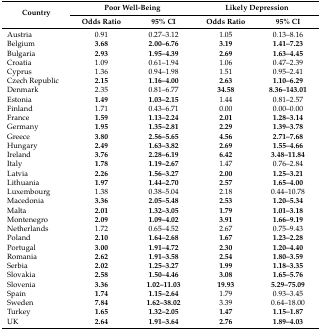
<table><thead><tr><td rowspan="2"><b>Country</b></td><td colspan="2"><b>Poor Well-Being</b></td><td colspan="2"><b>Likely Depression</b></td></tr><tr><td><b>Odds Ratio</b></td><td><b>95% CI</b></td><td><b>Odds Ratio</b></td><td><b>95% CI</b></td></tr></thead><tbody><tr><td>Austria</td><td>0.91</td><td>0.27–3.12</td><td>1.05</td><td>0.13–8.16</td></tr><tr><td>Belgium</td><td><b>3.68</b></td><td><b>2.00–6.76</b></td><td><b>3.19</b></td><td><b>1.41–7.23</b></td></tr><tr><td>Bulgaria</td><td><b>2.93</b></td><td><b>1.95–4.39</b></td><td><b>2.69</b></td><td><b>1.63–4.45</b></td></tr><tr><td>Croatia</td><td>1.09</td><td>0.61–1.94</td><td>1.06</td><td>0.47–2.39</td></tr><tr><td>Cyprus</td><td>1.36</td><td>0.94–1.98</td><td>1.51</td><td>0.95–2.41</td></tr><tr><td>Czech Republic</td><td><b>2.15</b></td><td><b>1.16–4.00</b></td><td><b>2.63</b></td><td><b>1.10–6.29</b></td></tr><tr><td>Denmark</td><td>2.35</td><td>0.81–6.77</td><td><b>34.58</b></td><td><b>8.36–143.01</b></td></tr><tr><td>Estonia</td><td><b>1.49</b></td><td><b>1.03–2.15</b></td><td>1.44</td><td>0.81–2.57</td></tr><tr><td>Finland</td><td>1.71</td><td>0.43–6.71</td><td>0.00</td><td>0.00–0.00</td></tr><tr><td>France</td><td><b>1.59</b></td><td><b>1.13–2.24</b></td><td><b>2.01</b></td><td><b>1.28–3.14</b></td></tr><tr><td>Germany</td><td><b>1.95</b></td><td><b>1.35–2.81</b></td><td><b>2.29</b></td><td><b>1.39–3.78</b></td></tr><tr><td>Greece</td><td><b>3.80</b></td><td><b>2.56–5.65</b></td><td><b>4.56</b></td><td><b>2.71–7.68</b></td></tr><tr><td>Hungary</td><td><b>2.49</b></td><td><b>1.63–3.82</b></td><td><b>2.69</b></td><td><b>1.55–4.66</b></td></tr><tr><td>Ireland</td><td><b>3.76</b></td><td><b>2.28–6.19</b></td><td><b>6.42</b></td><td><b>3.48–11.84</b></td></tr><tr><td>Italy</td><td><b>1.78</b></td><td><b>1.19–2.67</b></td><td>1.47</td><td>0.76–2.84</td></tr><tr><td>Latvia</td><td><b>2.26</b></td><td><b>1.56–3.27</b></td><td><b>2.00</b></td><td><b>1.25–3.21</b></td></tr><tr><td>Lithuania</td><td><b>1.97</b></td><td><b>1.44–2.70</b></td><td><b>2.57</b></td><td><b>1.65–4.00</b></td></tr><tr><td>Luxembourg</td><td>1.38</td><td>0.38–5.04</td><td>2.18</td><td>0.44–10.78</td></tr><tr><td>Macedonia</td><td><b>3.36</b></td><td><b>2.05–5.48</b></td><td><b>2.53</b></td><td><b>1.20–5.34</b></td></tr><tr><td>Malta</td><td><b>2.01</b></td><td><b>1.32–3.05</b></td><td><b>1.79</b></td><td><b>1.01–3.18</b></td></tr><tr><td>Montenegro</td><td><b>2.09</b></td><td><b>1.09–4.02</b></td><td><b>3.91</b></td><td><b>1.66–9.19</b></td></tr><tr><td>Netherlands</td><td>1.72</td><td>0.65–4.52</td><td>2.67</td><td>0.75–9.43</td></tr><tr><td>Poland</td><td><b>2.10</b></td><td><b>1.64–2.68</b></td><td><b>1.67</b></td><td><b>1.23–2.28</b></td></tr><tr><td>Portugal</td><td><b>3.00</b></td><td><b>1.91–4.72</b></td><td><b>2.30</b></td><td><b>1.20–4.40</b></td></tr><tr><td>Romania</td><td><b>2.62</b></td><td><b>1.91–3.58</b></td><td><b>2.54</b></td><td><b>1.80–3.59</b></td></tr><tr><td>Serbia</td><td><b>2.02</b></td><td><b>1.25–3.27</b></td><td><b>1.99</b></td><td><b>1.18–3.35</b></td></tr><tr><td>Slovakia</td><td><b>2.58</b></td><td><b>1.50–4.46</b></td><td><b>3.08</b></td><td><b>1.65–5.76</b></td></tr><tr><td>Slovenia</td><td><b>3.36</b></td><td><b>1.02–11.03</b></td><td><b>19.93</b></td><td><b>5.29–75.09</b></td></tr><tr><td>Spain</td><td><b>1.74</b></td><td><b>1.15–2.64</b></td><td>1.79</td><td>0.93–3.45</td></tr><tr><td>Sweden</td><td><b>7.84</b></td><td><b>1.62–38.02</b></td><td>3.39</td><td>0.64–18.00</td></tr><tr><td>Turkey</td><td><b>1.65</b></td><td><b>1.32–2.05</b></td><td><b>1.47</b></td><td><b>1.15–1.87</b></td></tr><tr><td>UK</td><td><b>2.64</b></td><td><b>1.91–3.64</b></td><td><b>2.76</b></td><td><b>1.89–4.03</b></td></tr></tbody></table>